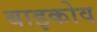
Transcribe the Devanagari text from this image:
बाइकोव